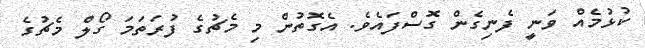
ކުޅުމެއް ވަނީ ފެނިގެން ގޮސްފައެވެ. އެގޮތުން މި މެޗުގެ ފުރަތަމަ ގޯލް މެޗުގެ